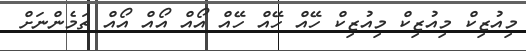
މިއުޒިކް މިއުޒިކް މިއުޒިކް ހޭއް ހޭއް ހޭއް އޯއް އޯއް އޯއް ތަމެންނަށް